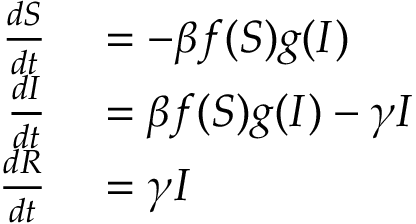
\begin{array} { r l } { \frac { d S } { d t } } & { { } = - \beta f ( S ) g ( I ) } \\ { \frac { d I } { d t } } & { { } = \beta f ( S ) g ( I ) - \gamma I } \\ { \frac { d R } { d t } } & { { } = \gamma I } \end{array}